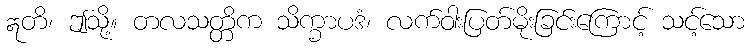
ဣတိ၊ ဤသို့။ တလသတ္တိက သိက္ခာပဒံ၊ လက်ဝါးပြတ်မိုးခြင်းကြောင့် သင့်သော